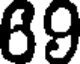
89